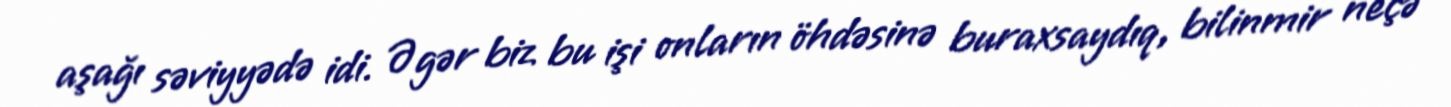
aşağı səviyyədə idi. Əgər biz bu işi onların öhdəsinə buraxsaydıq, bilinmir neçə